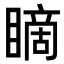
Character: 䁤